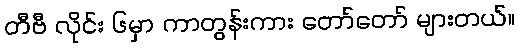
တီဗီ လိုင်း ၆မှာ ကာတွန်းကား တော်တော် များတယ်။